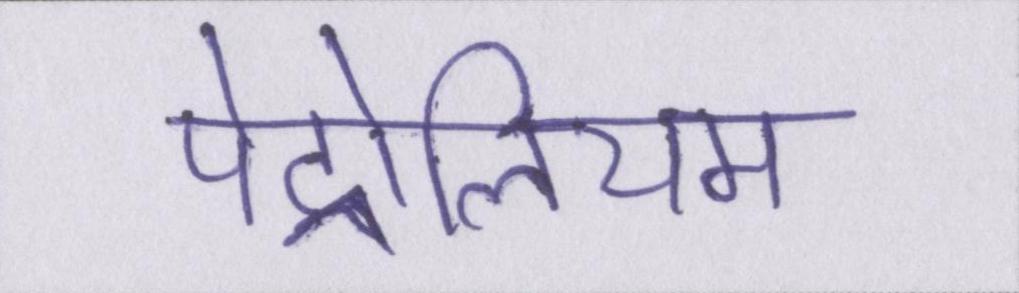
पेट्रोलियम